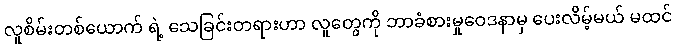
လူစိမ်းတစ်ယောက် ရဲ့ သေခြင်းတရားဟာ လူတွေကို ဘာခံစားမှုဝေဒနာမှ ပေးလိမ့်မယ် မထင်